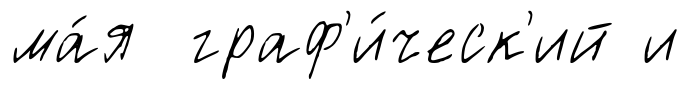
ма́я граф'и́ческ'ий и